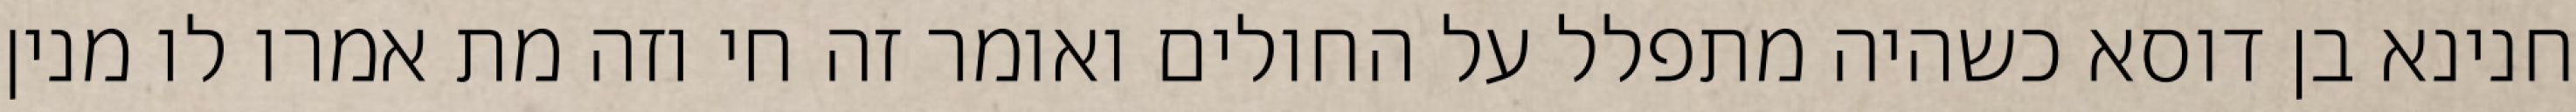
חנינא בן דוסא כשהיה מתפלל על החולים ואומר זה חי וזה מת אמרו לו מנין